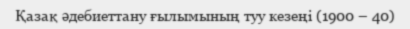
Қазақ әдебиеттану ғылымының туу кезеңі (1900 – 40)